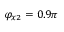
\varphi _ { x 2 } = 0 . 9 \pi